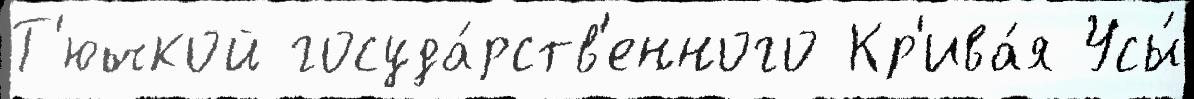
Т'ючкой госуда́рств'енного Кр'ива́я Усы́